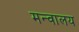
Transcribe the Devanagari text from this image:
मन्वालय